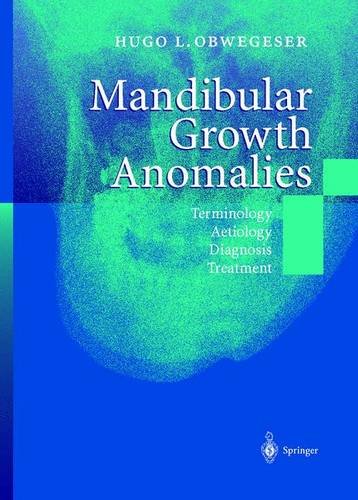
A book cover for Mandibular Growth Anomalies: Terminology - Aetiology Diagnosis - Treatment; Hugo L. Obwegeser; Medical Books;